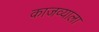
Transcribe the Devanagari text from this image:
काजव्याला